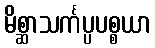
မိစ္ဆာသင်္ကပ္ပပစ္စယာ